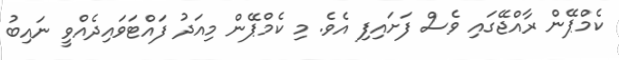
ކެމްޕޭން ރާއްޖޭގައި ވެސް ފަށައިފި އެވެ. މި ކެމްޕޭން މިއަދު ފައްޓަވައިދެއްވީ ނައިބު